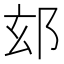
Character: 𮟴